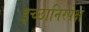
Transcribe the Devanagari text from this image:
इच्छानिरपेक्ष